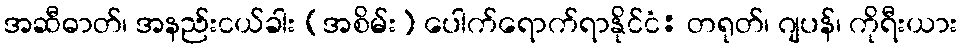
အဆီဓာတ်၊ အနည်းငယ်ခါး (အစိမ်း) ပေါက်ရောက်ရာနိုင်ငံ: တရုတ်၊ ဂျပန်၊ ကိုရီးယား